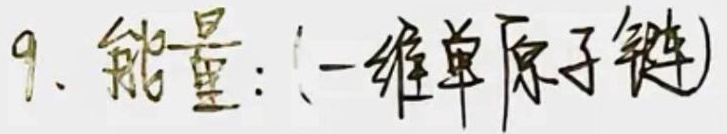
能量：(一维单原子链)